Report of the Indian Hemp Drugs Commission, 1894-1895 - Volume V
Year: 1894
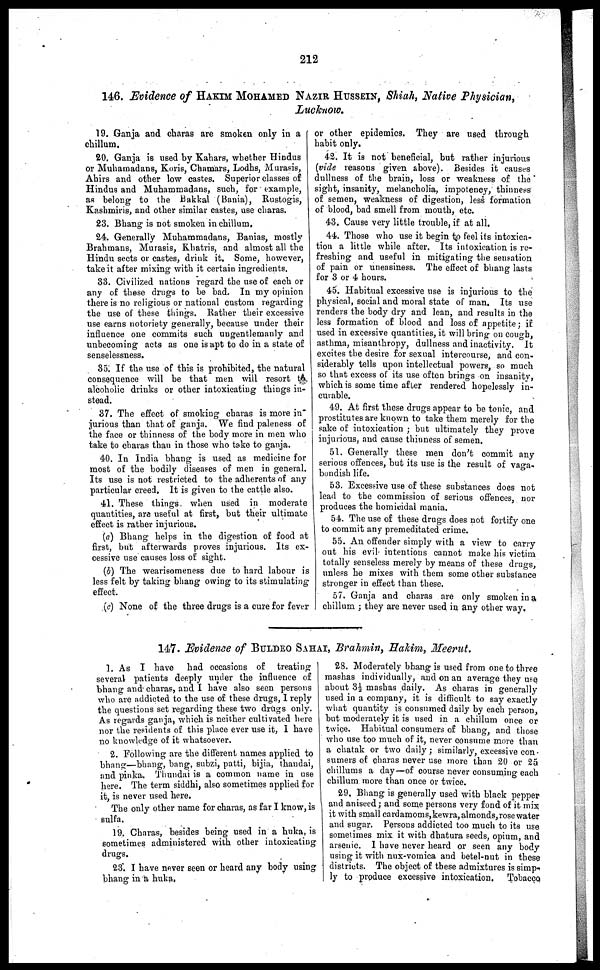
212
146. Evidence of HAKIM MOHAMED NAZIR HUSSEIN, Shiah, Native Physician,
Lucknow.
19. Ganja and charas are smoken only in a
chillum.
20. Ganja is used by Kahars, whether Hindus
or Muhamadans, Koris, Chamars, Lodhs, Murasis,
Ahirs and other low castes. Superior classes of
Hindus and Muhammadans, such, for example,
as belong to the Bakkal (Bania), Rustogis,
Kashmiris, and other similar castes, use charas.
23. Bhang is not smoken in chillum.
24. Generally Muhammadans, Banias, mostly
Brahmans, Murasis, Khatris, and almost all the
Hindu sects or castes, drink it. Some, however,
take it after mixing with it certain ingredients.
33. Civilized nations regard the use of each or
any of these drugs to be bad. In my opinion
there is no religious or national custom regarding
the use of these things. Rather their excessive
use earns notoriety generally, because under their
influence one commits such ungentlemanly and
unbecoming acts as one is apt to do in a state of
senselessness.
85. If the use of this is prohibited, the natural
consequence will be that men will resort to
alcoholic drinks or other intoxicating things in-
stead.
37. The effect of smoking charas is more in"
jurious than that of ganja. We find paleness of
the face or thinness of the body more in men who
take to charas than in those who take to ganja.
40. In India bhang is used as medicine for
most of the bodily diseases of men in general.
Its use is not restricted to the adherents of any
particular creed. It is given to the cattle also.
41. These things when used in moderate
quantities, are useful at first, but their ultimate
effect is rather injurious.
(3a) Bhang helps in the digestion of food at
first, but afterwards proves injurious. Its ex-
cessive use causes loss of sight.
(b) The wearisomeness due to hard labour is
less felt by taking bhang owing to its stimulating
effect.
(c) None of the three drugs is a cure for fever
or other epidemics. They are used through
habit only.
42. It is not beneficial, but rather injurious
(vide reasons given above). Besides it causes
dullness of the brain, loss or weakness of the *
sight, insanity, melancholia, impotency, thinness
of semen, weakness of digestion, less formation
of blood, bad smell from mouth, etc.
43. Cause very little trouble, if at all.
44. Those who use it begin to feel its intoxica-
tion a little while after. Its intoxication is re-
freshing and useful in mitigating the sensation
of pain or uneasiness. The effect of bhang lasts
for 3 or 4 hours.
45. Habitual excessive use is injurious to the
physical, social and moral state of man. Its use
renders the body dry and lean, and results in the
less formation of blood and loss of appetite ; if
used in excessive quantities, it will bring on cough,
asthma, misanthropy, dullness and inactivity. It
excites the desire for sexual intercourse, and con-
siderably tells upon intellectual powers, so much
so that excess of its use often brings on insanity,
which is some time after rendered hopelessly in-
curable.
49. At first these drugs appear to be tonic, and
prostitutes are known to take them merely for the
sake of intoxication ; but ultimately they prove
injurious, and cause thinness of semen.
51. Generally these men don't commit any
serious offences, but its use is the result of vaga-
bondish life.
53. Excessive use of these substances does not
lead to the commission of serious offences, nor
produces the homicidal mania.
54. The use of these drugs does not fortify one
to commit any premeditated crime.
55. An offender simply with a view to carry
out his evil intentions cannot make his victim
totally senseless merely by means of these drugs,
unless he mixes with them some other substance
stronger in effect than these.
57. Ganja and charas are only smoken in a
chillum ; they are never used in any other way.
147. Evidence of BULDEO SAHAI, Brahmin, Hakim, Meerut.
1. As I have had occasions of treating
several patients deeply under the influence of
bhang and charas, and I have also seen persons
who are addicted to the use of these drugs, I reply
the questions set regarding these two drugs only.
As regards ganja, which is neither cultivated here
nor the residents of this place ever use it, I have
no knowledge of it whatsoever.
2. Following are the different names applied to
bhang—bhang, bang, subzi, patti, bijia, thandai,
and pinka. Thundai is a common name in use
here. The term siddhi, also sometimes applied for
it, is never used here.
The only other name for charas, as far I know, is
sulfa.
19. Charas, besides being used in a huka, is
sometimes administered with other intoxicating
drugs.
23. I have never seen or heard any body using
bhang in a huka.
28. Moderately bhang is used from one to three
mashas individually, and on an average they use
about 3½ mashas daily. As charas in generally
used in a company, it is difficult to say exactly
what quantity is consumed daily by each person,
but moderately it is used in a chillum once or
twice. Habitual consumers of bhang, and those
who use too much of it, never consume more than
a chatak or two daily ; similarly, excessive con
sumers of charas never use more than 20 or 25
chillums a day—of course never consuming each
chillum more than once or twice.
29. Bhang is generally used with black pepper
and aniseed ; and some persons very fond of it mix
it with small cardamoms,kewra,almonds,rose water
and sugar. Persons addicted too much to its use
sometimes mix it with dhatura seeds, opium, and
arsenic. I have never heard or seen any body
using it with nux-vomica and betel-nut in these
districts. The object of these admixtures is simp-
ly to produce excessive intoxication. Tobacco